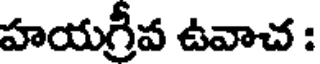
హయగ్రీవ ఉవాచ :